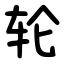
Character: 轮